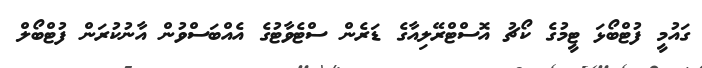
ގައުމީ ފުޓްބޯޅަ ޓީމުގެ ކޯޗު އޮސްޓްރޭލިއާގެ ޑަރެން ސްޓެވާޓުގެ އެއްބަސްވުން އާނުކުރަން ފުޓްބޯލް